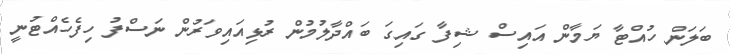
ބަލަން ހުއްޓާ ޔަމާން އައިސް ޝިފާ ގައިގަ ބައްދާލުމުން ރުޅިއައިވަރުން ނަސްފު ހިފެހެއްޓުނީ